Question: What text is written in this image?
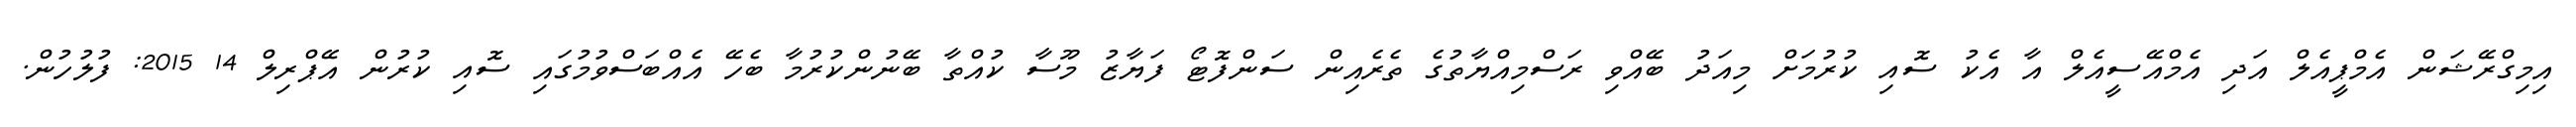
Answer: އިމިގްރޭޝަން އެމްޕީއެލް އަދި އެމްއޭސީއެލް އާ އެކު ސޮއި ކުރުމަށް މިއަދު ބޭއްވި ރަސްމިއްޔާތުގެ ތެރެއިން ސަންފޮޓޯ ފަޔާޒު މޫސާ ކުއްތާ ބޭނުންކުރުމާ ބެހޭ އެއްބަސްވުމުގައި ސޮއި ކުރުން އޭޕްރިލް 14 2015: ފުލުހުން.